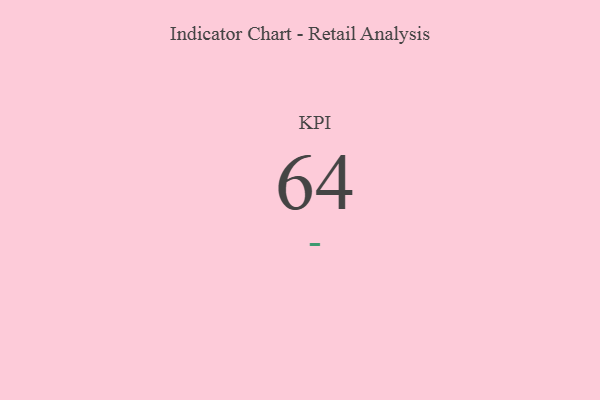
{"axis": {"x": "KPI", "y": "Value"}, "legend": [""], "data": [{"x": "KPI", "y": 64, "type": ""}]}